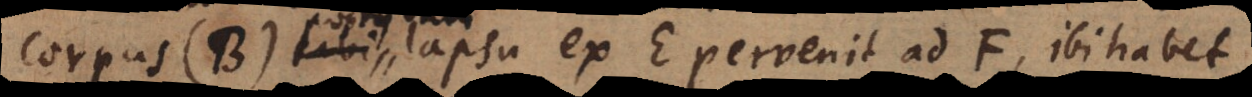
corpus (B) postquam lapsu ex E pervenit ad F, ibi habet